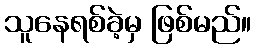
သူနေရစ်ခဲ့မှ ဖြစ်မည်။